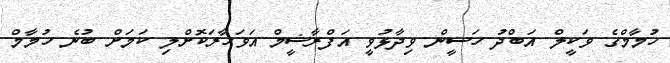
ހުމާމްގެ ވަކީލް އަބްދު ހަސީން ވިދާޅުވީ އަފްރާޝީމް އަވަހާރަކޮށްލި ކަމަށް ބުނެ ހުމާމް